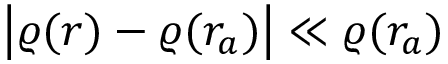
\big | \varrho ( r ) - \varrho ( r _ { a } ) \big | \ll \varrho ( r _ { a } )